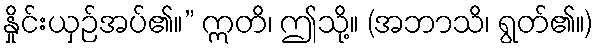
နှိုင်းယှဉ်အပ်၏။” ဣတိ၊ ဤသို့။ (အဘာသိ၊ ရွတ်၏။)